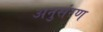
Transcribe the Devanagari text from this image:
अनुसंरण